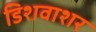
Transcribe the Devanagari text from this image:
डिशवाशर